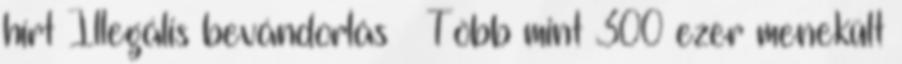
hírt Illegális bevándorlás – Több mint 300 ezer menekült